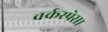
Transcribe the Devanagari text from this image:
वर्कस्पेस।